Report on vaccination in Madras 1895-1903 - 1895-1903
Year: 1895
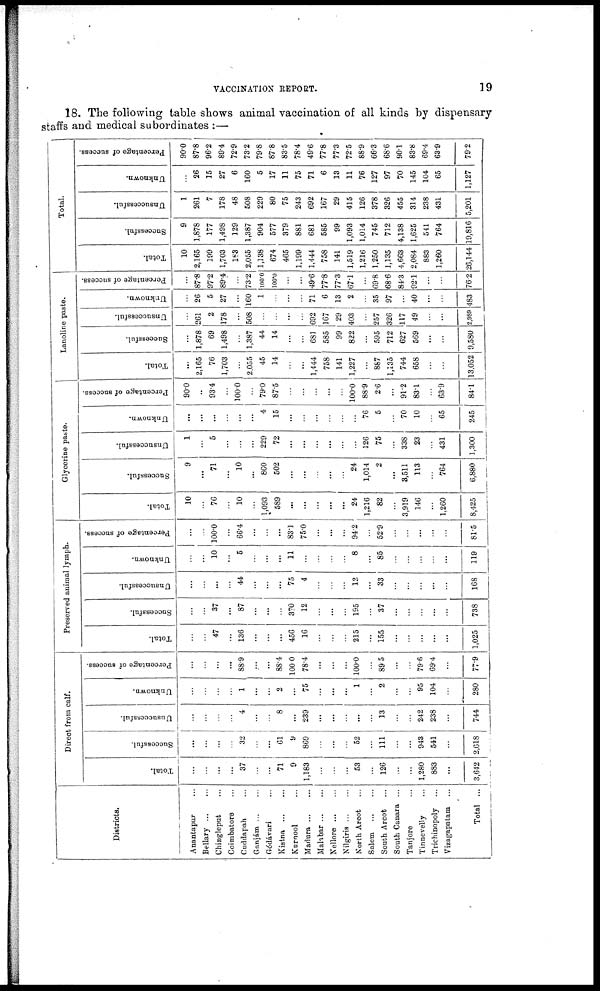
VACCINATION REPORT.
19
18. The following table shows animal vaccination of all kinds by dispensary
staffs and medical subordinates :—
Districts.
Anantapur ...
Bellary
...
...
Chingleput ...
Coimbatore ...
Cuddapah ...
Ganjám ... ...
Gódávari ...
Kistna
...
...
Kurnool ... ...
Madura ... ...
Malabar ... ...
Nellore ... ...
Nilgiris ... ...
North Arcot ...
Salem
...
...
South Arcot ...
South Canara ...
Tanjore ...
Tinnevelly ...
Trichinopoly ...
Vizagapatam ...
Total ...
Direct from calf.
Total.
...
...
...
...
37
...
...
71
9
1,183
...
...
...
53
...
126
...
...
1,280
883
...
3,642
Successful.
...
...
...
...
32
...
...
61
9
869
...
...
...
52
...
111
...
...
943
541
...
2,618
Unsuccessful.
...
...
...
...
4
...
...
8
...
239
...
...
...
...
...
13
...
...
242
238
...
744
Unknown.
...
...
...
...
1
...
...
2
...
75
...
...
...
1
...
2
...
...
95
104
...
280
Percentage of success.
...
...
...
...
88.9
...
...
88.4
100.0
78.4
...
...
...
100.0
...
89.5
...
...
79.6
69.4
...
77.9
Preserved animal lymph.
Total.
...
...
47
...
136
...
...
...
456
16
...
...
...
215
...
155
...
...
...
...
...
1,025
Successful.
...
...
37
...
87
...
...
...
370
12
...
...
...
195
...
37
...
...
...
...
...
738
Unsuccessful.
...
...
...
...
44
...
...
...
75
4
...
...
...
12
...
33
...
...
...
...
...
168
Unknown.
...
...
10
...
5
...
...
...
11
...
...
...
...
8
...
85
...
...
...
...
...
119
Percentage of success.
...
...
100.0
...
66.4
...
...
...
83.1
75.0
...
...
...
94.2
...
52.9
...
...
...
...
...
81.5
Glycerine paste.
Total.
10
...
76
...
10
...
1,093
589
...
...
...
...
...
24
1,216
82
...
3,919
146
...
1,260
8,425
Successful.
9
...
71
...
10
...
860
502
...
...
...
...
...
24
1,014
2
...
3,511
113
...
764
6,880
Unsuccessful.
1
...
5
...
...
...
229
72
...
...
...
...
...
...
126
75
...
338
23
...
431
1,300
Unknown.
...
...
...
...
...
...
4
15
...
...
...
...
...
...
76
5
...
70
10
...
65
245
Percentage of success.
90.0
..
93.4
...
100.0
...
79.0
87.5
...
...
...
...
...
100.0
88.9
2.6
...
91.2
83.1
...
63.9
84.1
Lanoline paste.
Total.
...
2,165
76
1,703
...
2,055
45
14
...
...
1,444
758
141
1,227
...
887
1,135
744
658
...
...
13,052
Successful.
...
1,878
69
1,498
...
1,387
44
14
...
...
681
585
99
822
...
595
712
627
569
...
...
9,580
Unsuccessful.
...
261
2
178
...
508
...
...
...
...
692
167
29
403
...
257
326
117
49
...
...
2,989
Unknown.
...
26
5
27
...
160
1
...
...
...
71
6
13
2
...
35
97
...
40
...
...
483
Percentage of success.
...
87.8
97.2
89.4
...
73.2
100.0
100.0
...
...
49.6
77.8
77.3
67.1
...
69.8
68.6
84.3
92.1
...
...
76.2
Total.
Total.
10
2,165
199
1,703
183
2,055
1,138
674
465
1,199
1,444
758
141
1,519
1,216
1,250
1,135
4,663
2,084
883
1,260
26,144
Successful.
9
1,878
177
1,498
129
1,387
904
577
379
881
681
585
99
1,093
1,014
745
712
4,138
1,625
541
764
19,816
Unsuccessful.
1
261
7
178
48
508
229
80
75
243
692
167
29
415
126
378
326
455
314
238
431
5,201
Unknown.
...
26
15
27
6
160
5
17
11
75
71
6
13
11
76
127
97
70
145
104
65
1,127
Percentage of success.
90.0
87.8
96.2
89.4
72.9
73.2
79.8
87.8
83.5
78.4
49.6
77.8
77.3
72.5
88.9
66.3
68.6
90.1
83.8
69.4
63.9
79.2